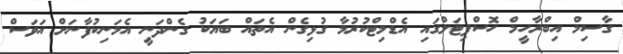
ގާސިމް އިބްރާހީމް ހޮސްޕިޓަލްގައި އެޑްމިޓްކުރުމާ ގުޅިގެން އެތައް ބަޔަކު ގެންދަނީ އެމަނިކުފާނަށް އަވަސް